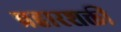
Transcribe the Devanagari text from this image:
प्रहारशक्ती